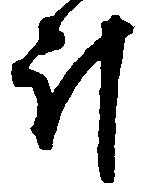
斗